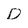
Character: D